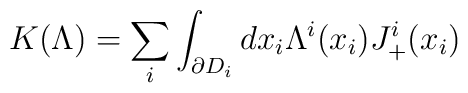
K(\Lambda)=\sum_i \int_{\partial D_i} dx_i \Lambda^i(x_i) J_+^i(x_i)